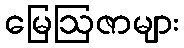
မြေဩဇာများ